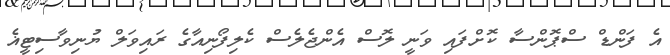
އެ ފަންޑް ސްޕޮންސާ ކޮށްފައި ވަނީ ލޮސް އެންޖެލެސް ކެލިފޯނިއާގެ ރައިވަލް ޔުނިވާސިޓީޣެ